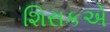
શિરાકએ